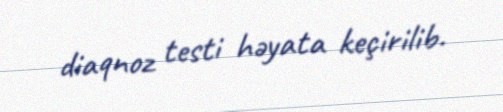
diaqnoz testi həyata keçirilib.